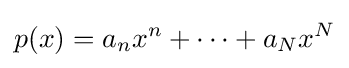
p(x)=a_{n}x^{n}+\cdots +a_{N}x^{N}